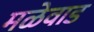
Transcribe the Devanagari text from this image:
मळेवाड